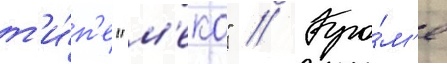
т'и́п'е "м'еко" // Кро́м'е